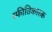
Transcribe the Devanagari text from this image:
स्फीतिकारक